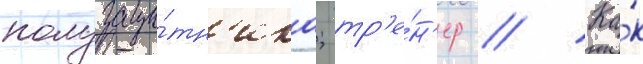
полузащи́тн'ика; тр'е́н'ер // Ка́к